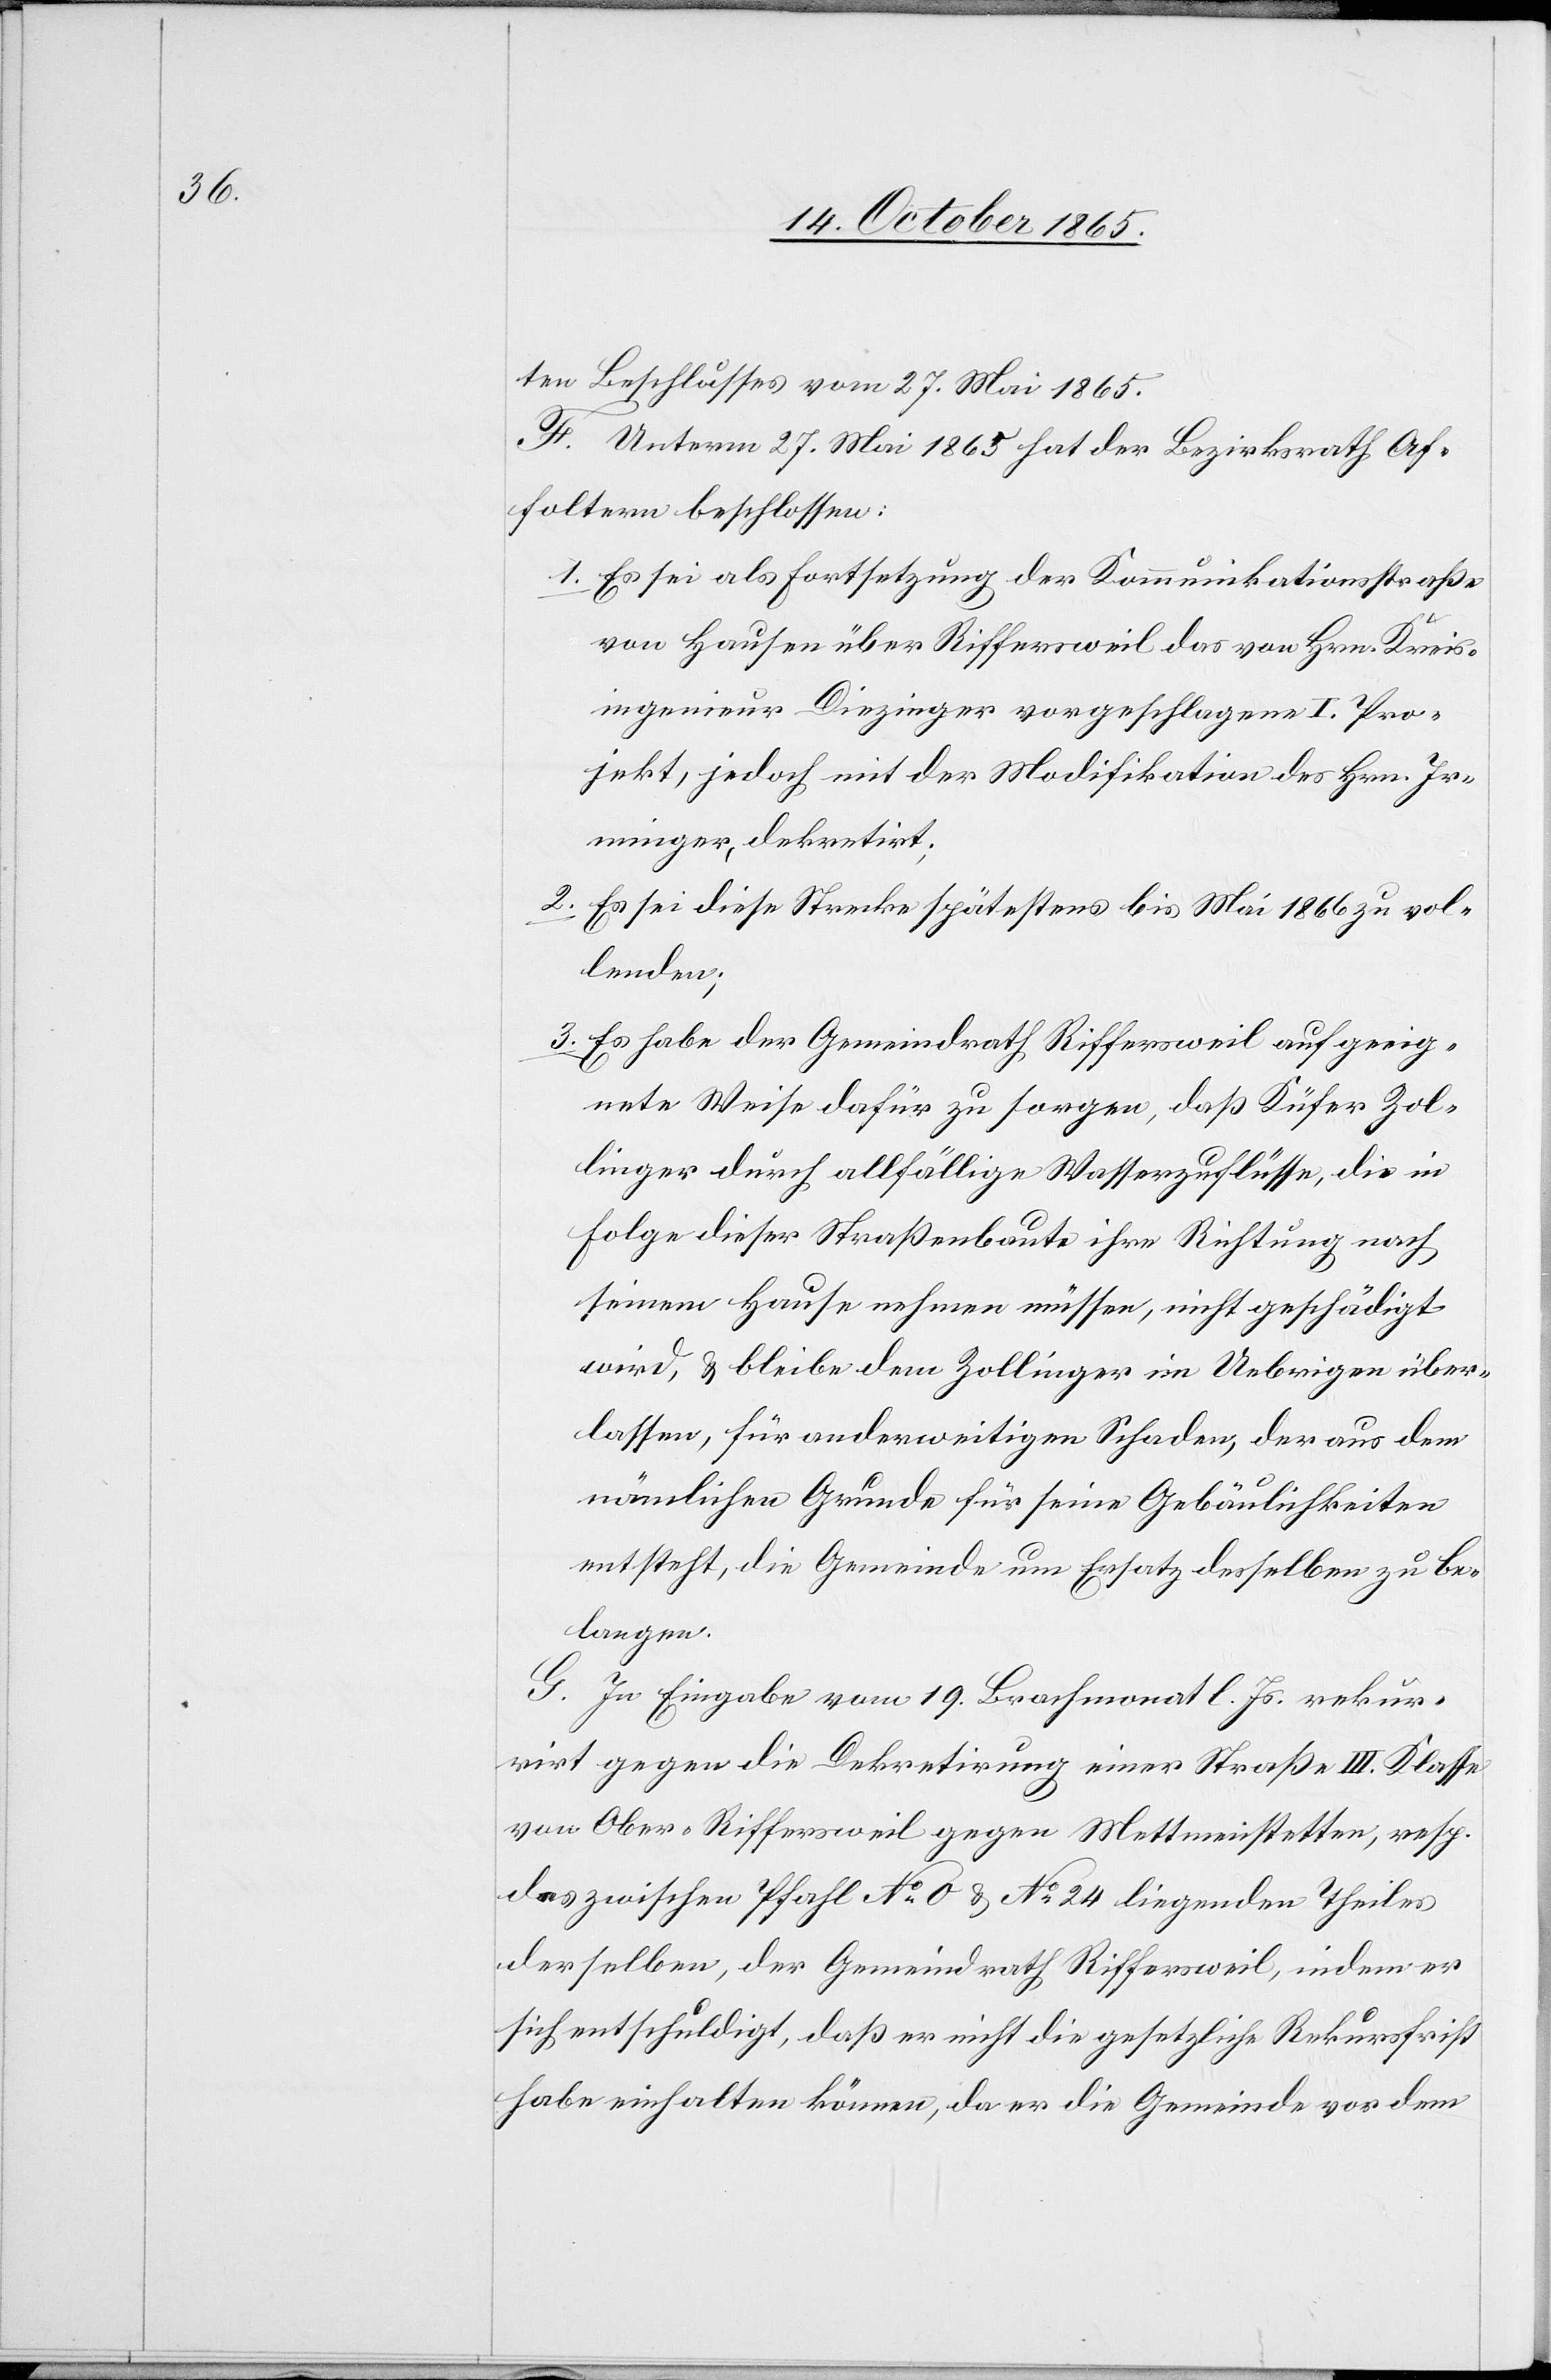
ten Beschlusses vom 27. Mai 1865.
F. Unterm 27. Mai 1865 hat der Bezirksrath Af¬
foltern beschlossen:
1. Es sei als Fortsetzung der Kommunikationsstraße
von Hausen über Riffersweil das von Hrn. Kreis¬
ingenieur Diezinger vorgeschlagene I. Pro¬
jekt, jedoch mit der Modifikation des Hrn. Ir¬
minger, dekretirt;
2. Es sei diese Strecke spätestens bis Mai 1866 zu vol¬
lenden;
3. Es habe der Gemeindrath Riffersweil auf geeig¬
nete Weise dafür zu sorgen, daß Küfer Zol¬
linger durch allfällige Wasserzuflüsse, die in
Folge dieser Straßenbaute ihre Richtung nach
seinem Hause nehmen müssen, nicht geschädigt
wird, & bleibe dem Zollinger im Uebrigen über¬
lassen, für anderweitigen Schaden, der aus dem
nämlichen Grunde für seine Gebäulichkeiten
entsteht, die Gemeinde um Ersatz desselben zu be¬
langen.
G. In Eingabe vom 19. Brachmonat l. Js. rekur¬
rirt gegen die Dekretirung einer Straße III. Klasse
von Ober-Riffersweil gegen Mettmenstetten, resp.
des zwischen Pfahl No 0 & No 24 liegenden Theiles
derselben, der Gemeindrath Riffersweil, indem er
sich entschuldigt, daß er nicht die gesetzliche Rekursfrist
habe einhalten können, da er die Gemeinde vor dem